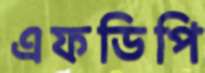
এফডিপি